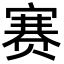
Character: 赛